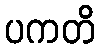
ပကတိ